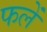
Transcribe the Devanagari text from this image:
फलें